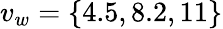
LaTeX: v_{w}=\{ 4.5,8.2,11\}